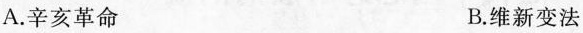
A.辛亥革命 B.维新变法